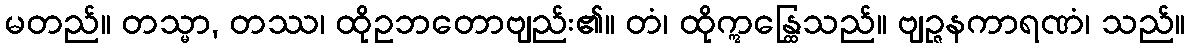
မတည်။ တသ္မာ, တဿ၊ ထိုဥဘတောဗျည်း၏။ တံ၊ ထိုဣန္ထြေသည်။ ဗျဉ္ဇနကာရဏံ၊ သည်။